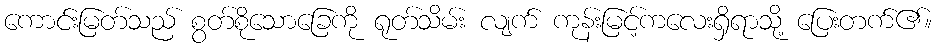
ကောင်းမြတ်သည် စွတ်စိုသောခြေကို ရုတ်သိမ်း လျက် ကုန်းမြင့်ကလေးရှိရာသို့ ပြေးတက်၏။